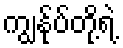
ကျွန်ုပ်တို့ရဲ့